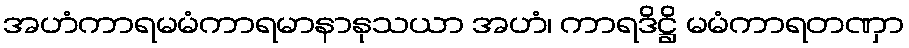
အဟံကာရမမံကာရမာနာနုသယာ အဟံ၊ ကာရဒိဋ္ဌိ မမံကာရတဏှာ